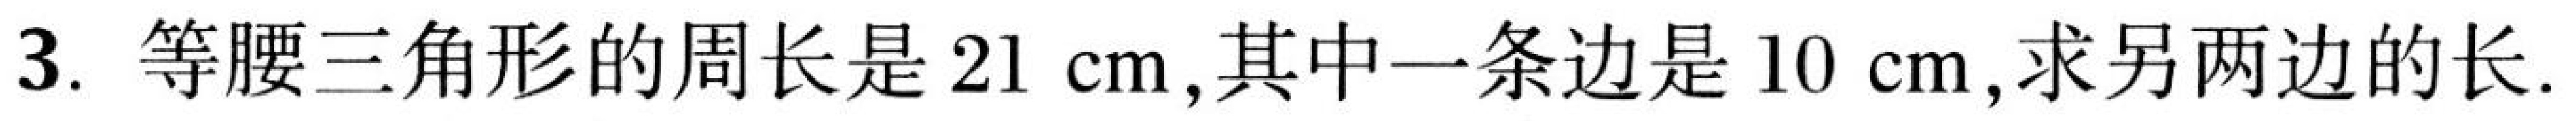
3. 等腰三角形的周长是\(21\ \text{cm}\),其中一条边是\(10\ \text{cm}\),求另两边的长.